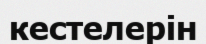
кестелерін